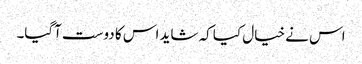
اس نے خیال کیا کہ شاید اس کا دوست آگیا۔